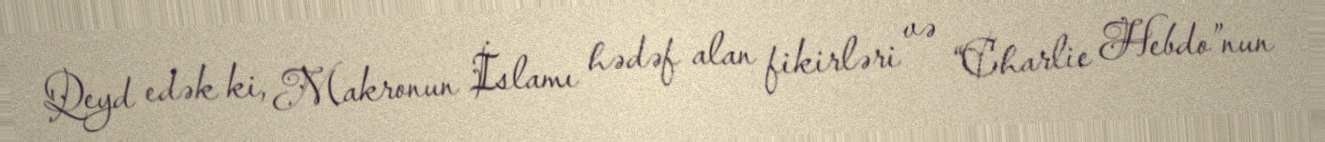
Qeyd edək ki, Makronun İslamı hədəf alan fikirləri və “Charlie Hebdo”nun